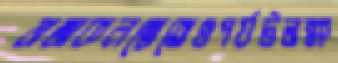
ভাজাকলম্বোতেওপর্যটনক্ষ